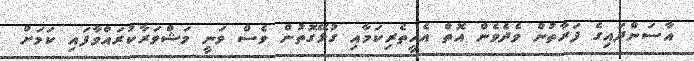
އާސަންދައިގެ ފަރާތުން ވެދެވެން އޮތް އެހީތެރިކަމާއި ގުޅޭގޮތުން ވެސް ވަނީ މަޝްވަރާކުރައްވާފައި ކަމަށް